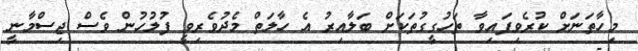
މިހާތަނަށް ކުރެވިފައިވާ ތަހުގީގުތަކަށް ބަލާއިރު އެ ހާލަތް މެދުވެރިވީ ފުލުހުން ވެސް ޖިސްމާނީ